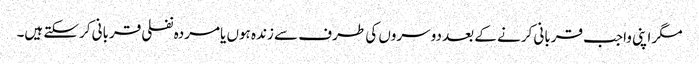
مگر اپنی واجب قربانی کرنے کے بعد دوسروں کی طرف سے زندہ ہوں یامردہ نفلی قربانی کرسکتے ہیں۔